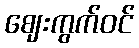
ဈေးကွက်ဝင်